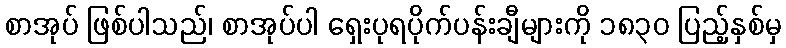
စာအုပ် ဖြစ်ပါသည်၊ စာအုပ်ပါ ရှေးပုရပိုက်ပန်းချီများကို ၁၈၃၀ ပြည့်နှစ်မှ